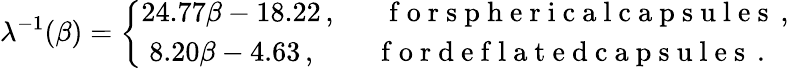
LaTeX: \lambda^{-1}(\beta)={\left\{ \begin{array}{l}{24.77\beta-18.22\, ,\quad\; \; \mathrm{~f~o~r~s~p~h~e~r~i~c~a~l~c~a~p~s~u~l~e~s~}\, ,}\\ {\; 8.20\beta-4.63\, ,\qquad\mathrm{~f~o~r~d~e~f~l~a~t~e~d~c~a~p~s~u~l~e~s~}\, .}\end{array}\right.}